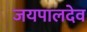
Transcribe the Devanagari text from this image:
जयपालदेव